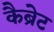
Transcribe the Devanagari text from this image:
कैब्रेट